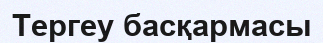
Тергеу басқармасы